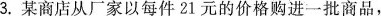
3.某商店从厂家以每件21元的价格购进一批商品，